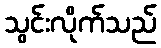
သွင်းလိုက်သည်